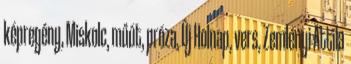
képregény, Miskolc, műút, próza, Új Holnap, vers, Zemlényi Attila